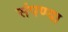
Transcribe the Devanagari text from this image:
संपण्या